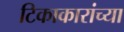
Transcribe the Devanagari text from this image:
टिकाकारांच्या